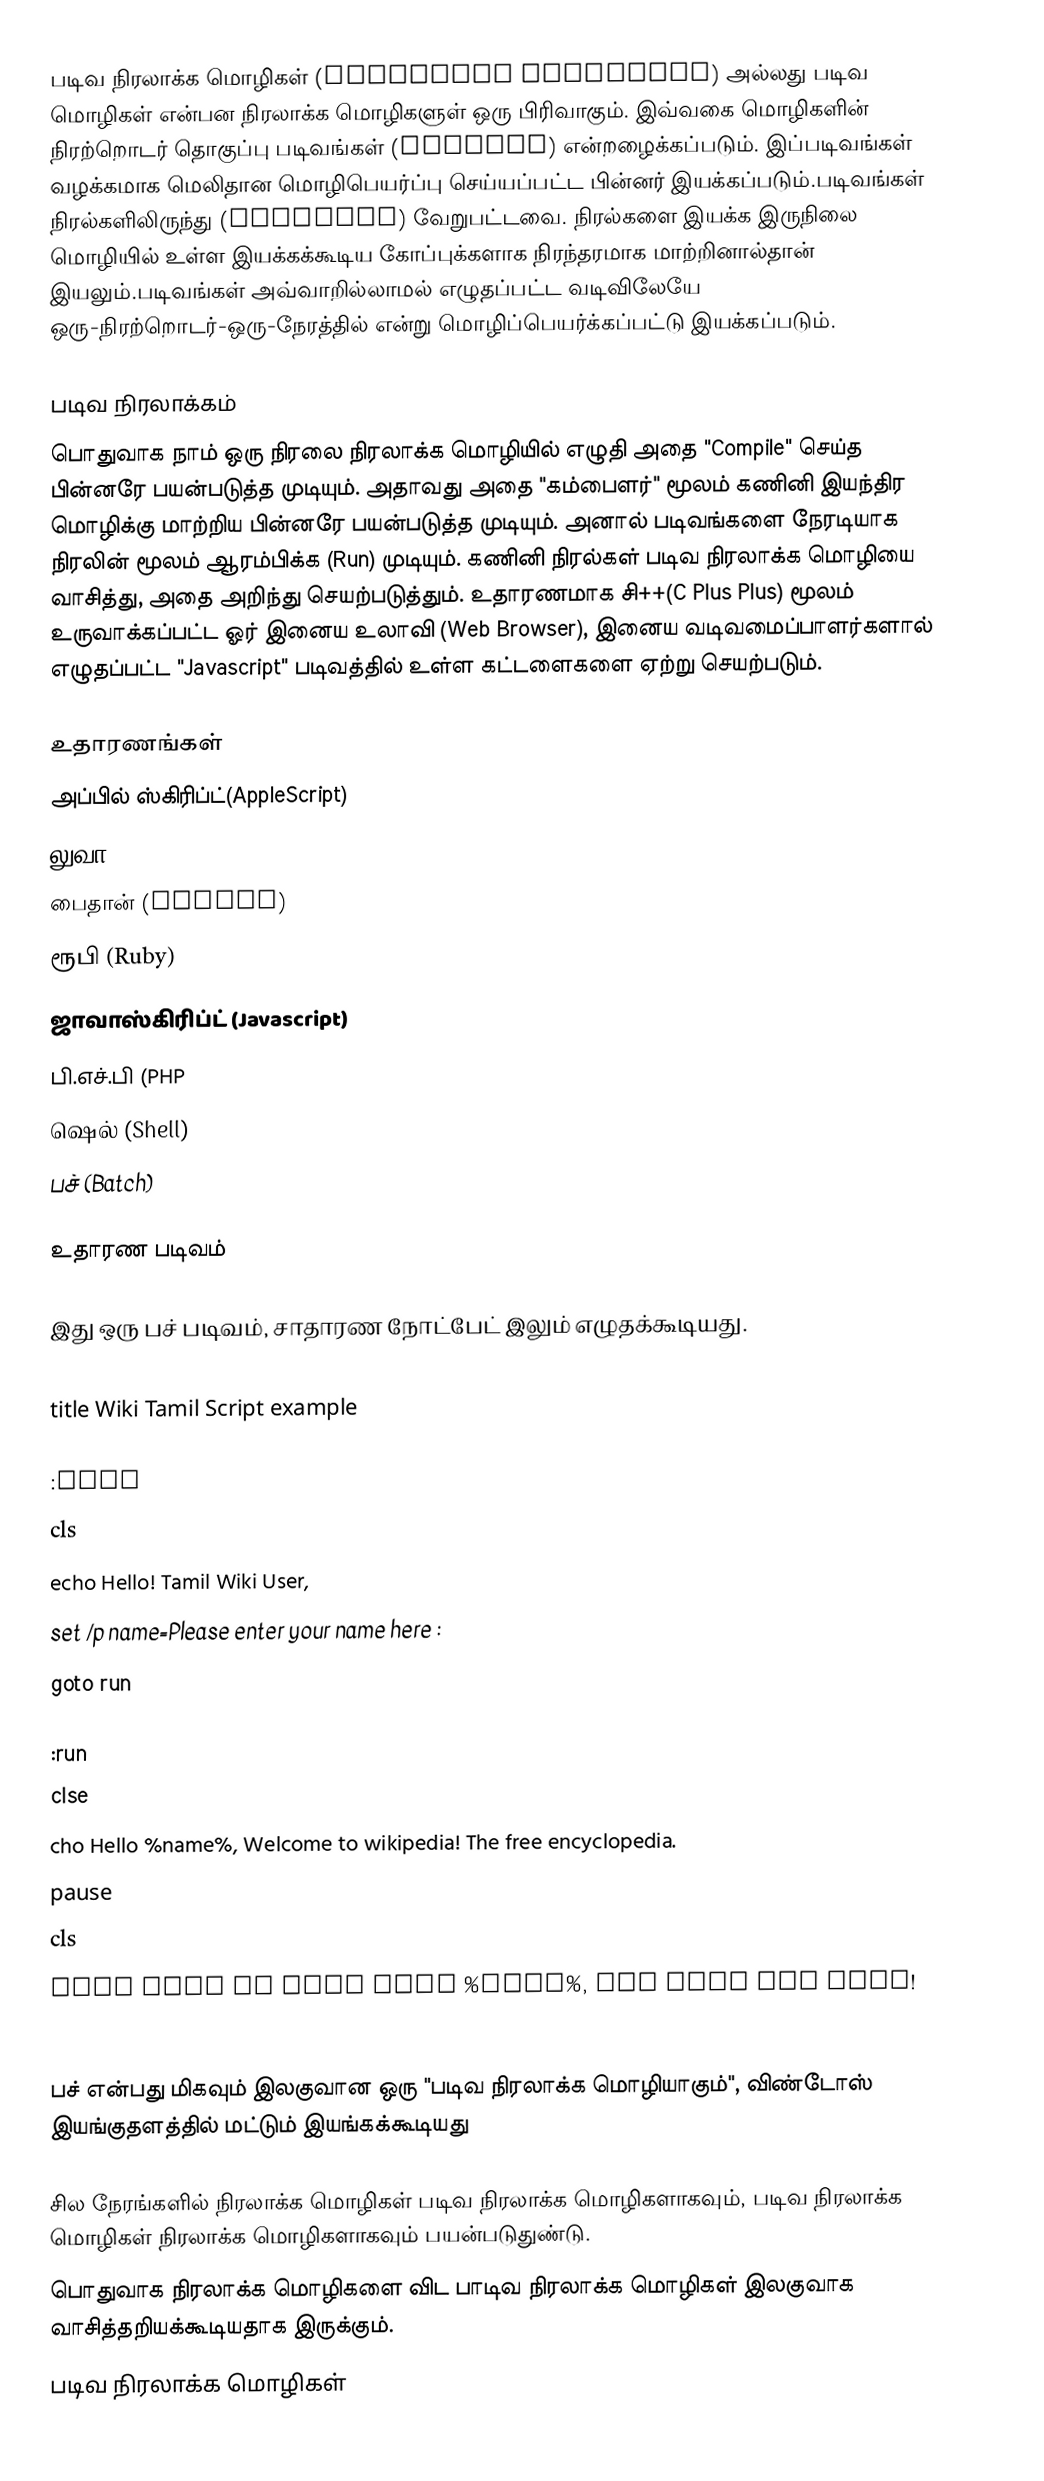
படிவ நிரலாக்க மொழிகள் (Scripting languages) அல்லது படிவ மொழிகள் என்பன நிரலாக்க மொழிகளுள் ஒரு பிரிவாகும். இவ்வகை மொழிகளின் நிரற்றொடர் தொகுப்பு படிவங்கள் (Scripts) என்றழைக்கப்படும். இப்படிவங்கள் வழக்கமாக மெலிதான மொழிபெயர்ப்பு செய்யப்பட்ட பின்னர் இயக்கப்படும்.படிவங்கள் நிரல்களிலிருந்து (Programs) வேறுபட்டவை. நிரல்களை இயக்க இருநிலை மொழியில் உள்ள இயக்கக்கூடிய கோப்புக்களாக நிரந்தரமாக மாற்றினால்தான் இயலும்.படிவங்கள் அவ்வாறில்லாமல் எழுதப்பட்ட வடிவிலேயே ஒரு-நிரற்றொடர்-ஒரு-நேரத்தில் என்று மொழிப்பெயர்க்கப்பட்டு இயக்கப்படும்.

படிவ நிரலாக்கம்
பொதுவாக நாம் ஒரு நிரலை நிரலாக்க மொழியில் எழுதி அதை "Compile"  செய்த பின்னரே பயன்படுத்த முடியும். அதாவது அதை "கம்பைளர்" மூலம் கணினி இயந்திர மொழிக்கு மாற்றிய பின்னரே பயன்படுத்த முடியும். அனால் படிவங்களை நேரடியாக நிரலின் மூலம் ஆரம்பிக்க (Run) முடியும். கணினி  நிரல்கள் படிவ நிரலாக்க மொழியை வாசித்து, அதை அறிந்து செயற்படுத்தும். உதாரணமாக சி++(C Plus Plus) மூலம் உருவாக்கப்பட்ட ஓர் இனைய உலாவி (Web Browser), இனைய வடிவமைப்பாளர்களால் எழுதப்பட்ட "Javascript" படிவத்தில் உள்ள கட்டளைகளை ஏற்று செயற்படும்.

உதாரணங்கள்
 அப்பில் ஸ்கிரிப்ட்(AppleScript)
 லுவா (Lua)
 பைதான் (Python)
 ரூபி (Ruby)
 ஜாவாஸ்கிரிப்ட் (Javascript)
 பி.எச்.பி (PHP
 ஷெல் (Shell)
 பச் (Batch)

உதாரண படிவம்

இது ஒரு பச் படிவம், சாதாரண நோட்பேட் இலும் எழுதக்கூடியது.
{example.bat}@echo off
title Wiki Tamil Script example

:main
cls
echo Hello! Tamil Wiki User,
set /p name=Please enter your name here :
goto run

:run
clse
cho Hello %name%, Welcome to wikipedia! The free encyclopedia.
pause
cls
echo This is very easy %name%, Try your own soon!
pause

பச் என்பது மிகவும் இலகுவான ஒரு "படிவ நிரலாக்க மொழியாகும்", விண்டோஸ் இயங்குதளத்தில் மட்டும் இயங்கக்கூடியது

 சில நேரங்களில் நிரலாக்க மொழிகள் படிவ நிரலாக்க மொழிகளாகவும், படிவ நிரலாக்க மொழிகள் நிரலாக்க மொழிகளாகவும் பயன்படுதுண்டு.
பொதுவாக நிரலாக்க மொழிகளை விட பாடிவ நிரலாக்க மொழிகள் இலகுவாக வாசித்தறியக்கூடியதாக இருக்கும்.
படிவ நிரலாக்க மொழிகள்